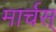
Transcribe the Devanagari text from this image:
मार्चस्